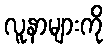
လူနာများကို